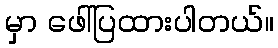
မှာ ဖေါ်ပြထားပါတယ်။